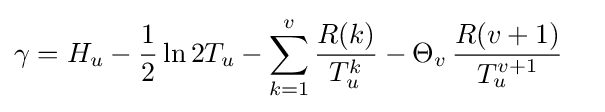
{\begin{aligned}\gamma &=H_{u}-{\frac {1}{2}}\ln 2T_{u}-\sum _{k=1}^{v}{\frac {R(k)}{T_{u}^{k}}}-\Theta _{v}\,{\frac {R(v+1)}{T_{u}^{v+1}}}\end{aligned}}